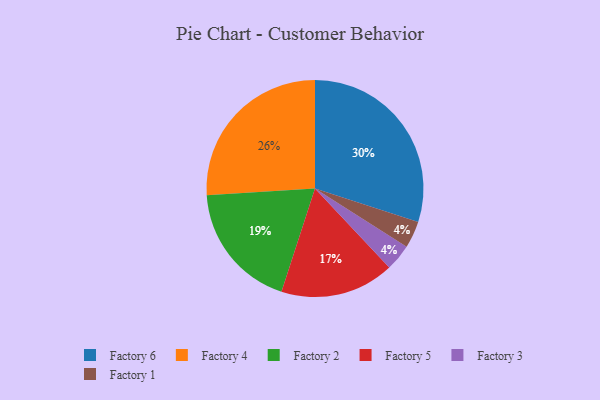
{"axis": {"x": "Category", "y": "Percentage"}, "legend": ["Factory 1", "Factory 2", "Factory 3", "Factory 4", "Factory 5", "Factory 6"], "data": [{"x": "Factory 2", "y": 19, "type": "Factory 2"}, {"x": "Factory 3", "y": 4, "type": "Factory 3"}, {"x": "Factory 4", "y": 26, "type": "Factory 4"}, {"x": "Factory 1", "y": 4, "type": "Factory 1"}, {"x": "Factory 5", "y": 17, "type": "Factory 5"}, {"x": "Factory 6", "y": 30, "type": "Factory 6"}]}